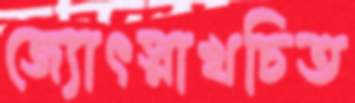
জ্যোৎস্নাখচিত